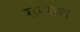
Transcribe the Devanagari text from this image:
रत्नपाल